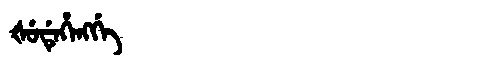
Manchu: ᡧᡠᡩᡝᡥᡝᠩᡤᡝ
Romanization: ŠUDEHENGGE